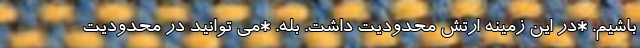
باشیم. *در این زمینه ارتش محدودیت داشت. بله. *می توانید در محدودیت